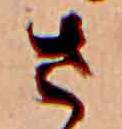
さ